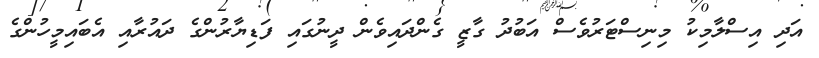
އަދި އިސްލާމިކު މިނިސްޓަރުވެސް އަބުދު ގާޒީ ގެންދައިވެން ދީނުގައި ފަޑިޔާރުންގެ ދައުރާއި އެބައިމީހުންގެ